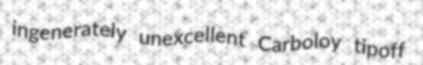
ingenerately unexcellent Carboloy tipoff